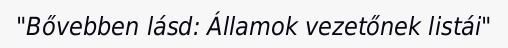
"Bővebben lásd: Államok vezetőnek listái"